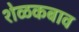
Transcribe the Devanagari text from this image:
शेळकबाव